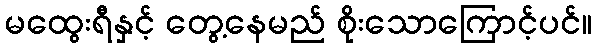
မထွေးရီနှင့် တွေ့နေမည် စိုးသောကြောင့်ပင်။